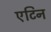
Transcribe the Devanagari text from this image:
एटिन